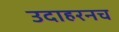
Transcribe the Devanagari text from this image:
उदाहरनच